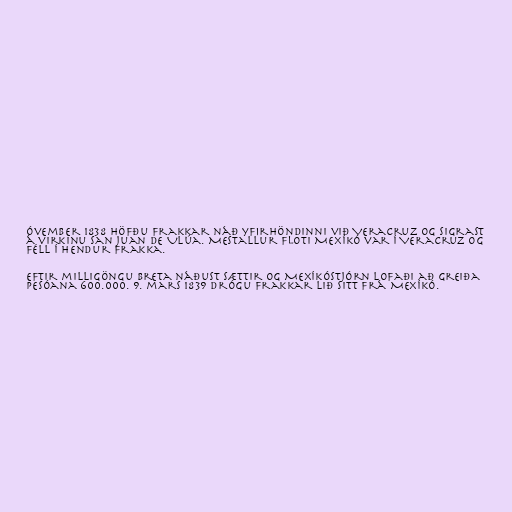
óvember 1838 höfðu Frakkar náð yfirhöndinni við Veracruz og sigrast
á virkinu San Juan de Ulúa. Mestallur floti Mexíkó var í Veracruz og
féll í hendur Frakka.

Eftir milligöngu Breta náðust sættir og Mexíkóstjórn lofaði að greiða
pesóana 600.000. 9. mars 1839 drógu Frakkar lið sitt frá Mexíkó.